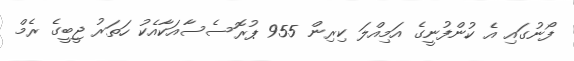
ފޯނުގައި އެ ކުންފުނީގެ އަމިއްލަ ކިރިން 955 ޕުރޮސެސާއަކާއެކު ހަތަރު ޖީބީގެ ރެމް